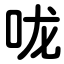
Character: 咙